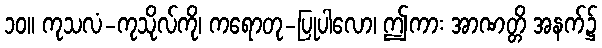
၁၀။ ကုသလံ-ကုသိုလ်ကို၊ ကရောတု-ပြုပါလော၊ ဤကား အာဏတ္တိ အနက်၌